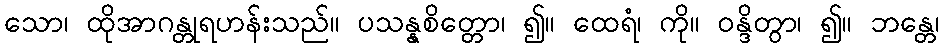
သော၊ ထိုအာဂန္တုရဟန်းသည်။ ပသန္နစိတ္တော၊ ၍။ ထေရံ၊ ကို။ ဝန္ဒိတွာ၊ ၍။ ဘန္တေ၊